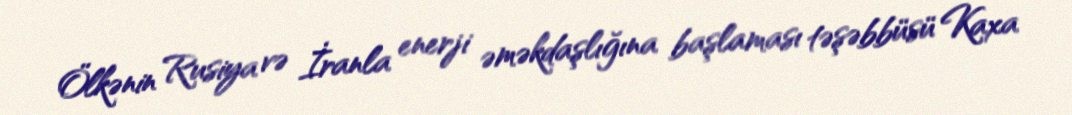
Ölkənin Rusiya və İranla enerji əməkdaşlığına başlaması təşəbbüsü Kaxa